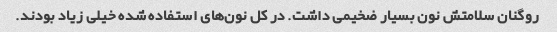
روگنان سلامتش نون بسیار ضخیمی داشت. در کل نون‌های استفاده شده خیلی زیاد بودند.